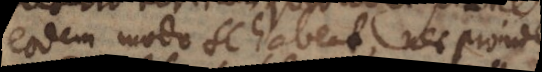
eodem modo se habent, nec proinde